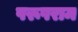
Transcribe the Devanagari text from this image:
परूषराम